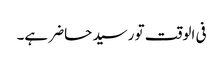
فی الوقت تو رسید حاضر ہے۔